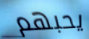
يحبهم